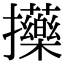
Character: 𢺇